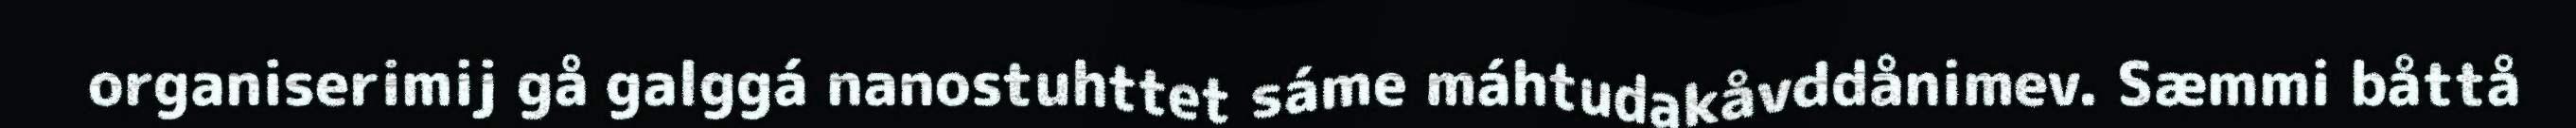
organiserimij gå galggá nanostuhttet sáme máhtudakåvddånimev. Sæmmi båttå